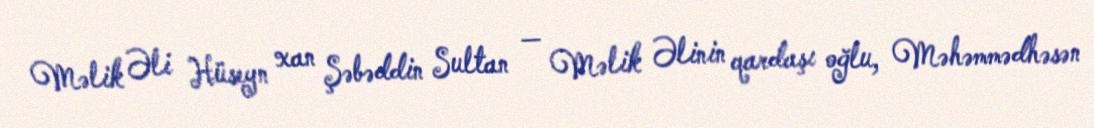
Məlik Əli Hüseyn xan Şəbəddin Sultan — Məlik Əlinin qardaşı oğlu, Məhəmmədhəsən